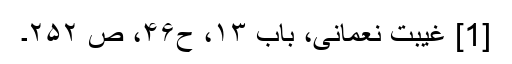
[1] غیبت نعمانی، باب ۱۳، ح۴۶، ص ۲۵۲۔